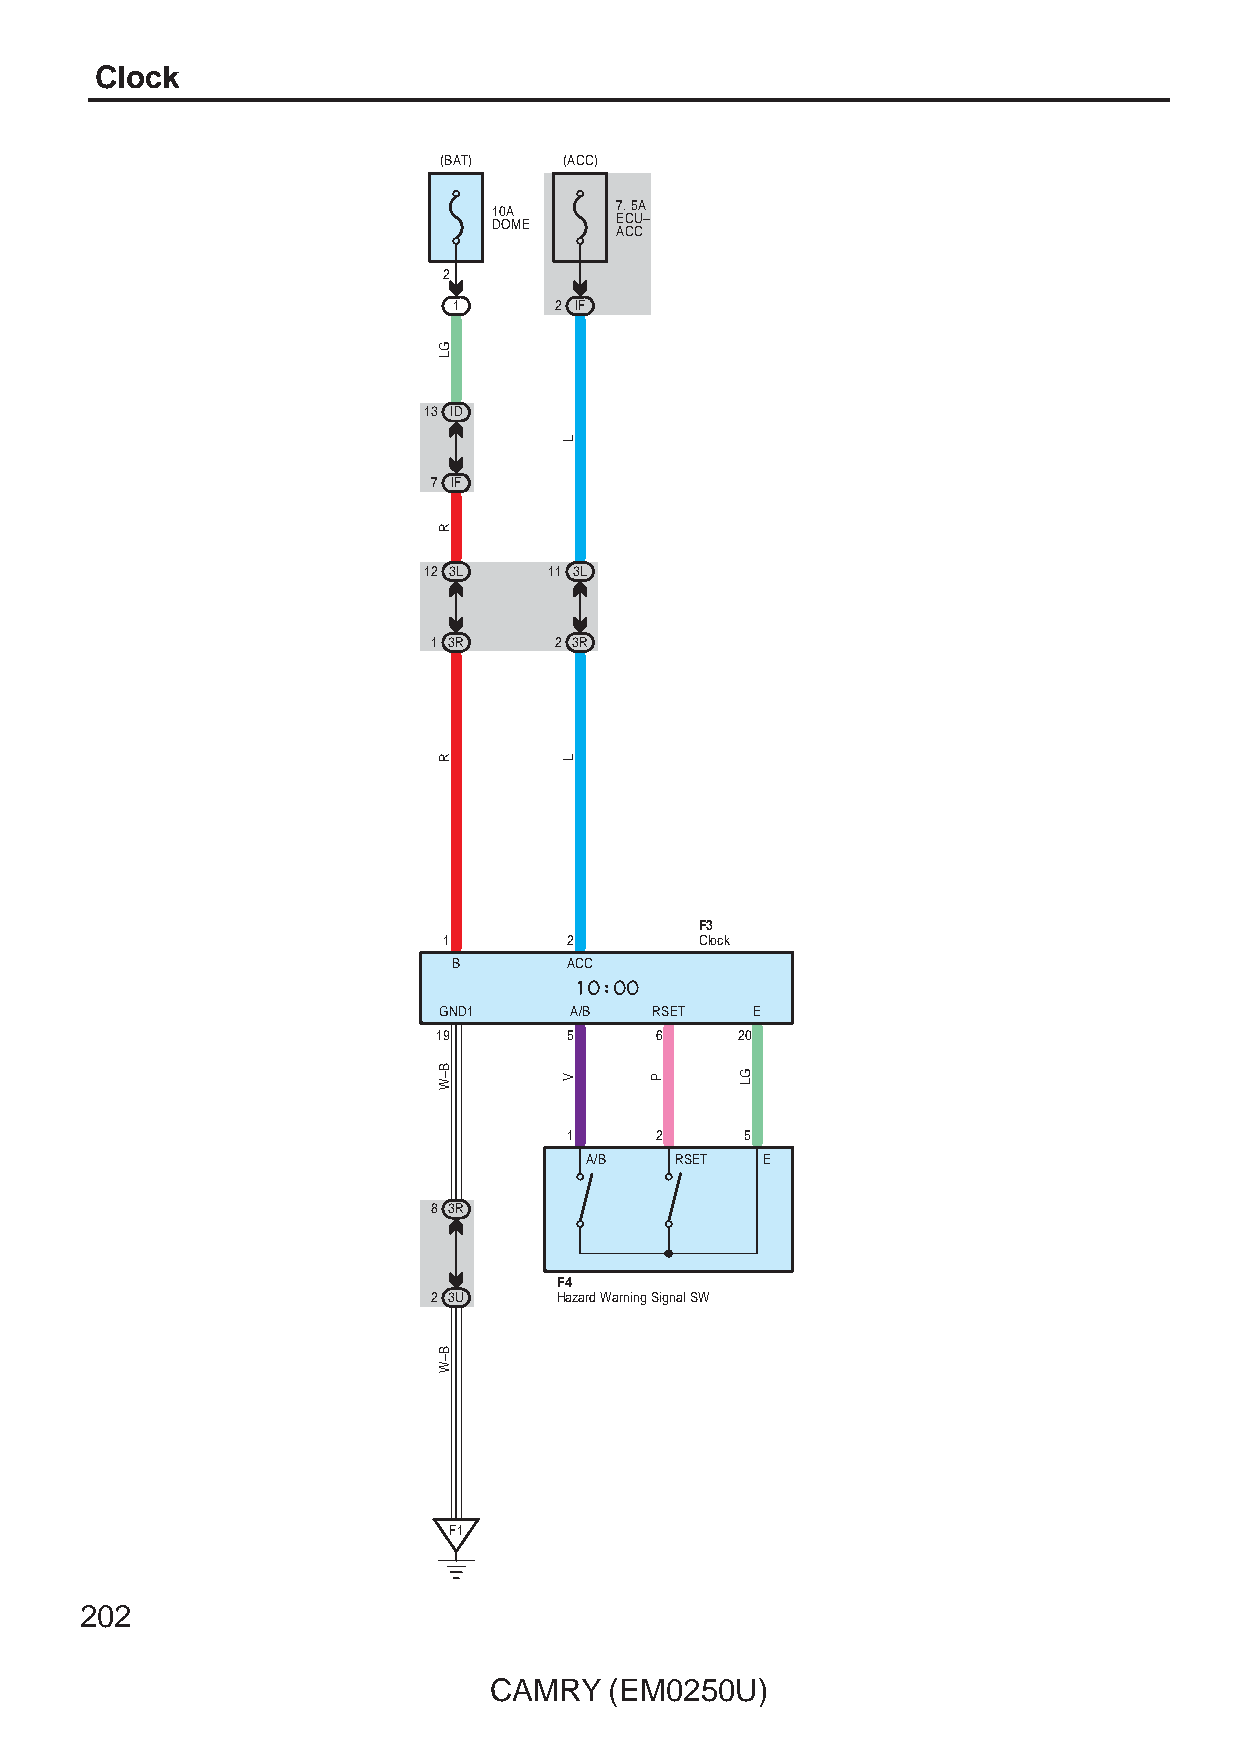
Clock
 (BAT)   (ACC)
 10A     7. 5A
 DOME    ECU–
 ACC
 2
 1      2 IF
 13 ID
 7 IF
 12 3L   11 3L
 1 3R    2 3R
 F3
 1        2       Clock
 B       ACC
 GND1     A/B  RSET   E
 19       5    6     20
 1    2     5
 A/B   RSET  E
 8 3R
 F4
 2 3U    Hazard Warning Signal SW
 F1
 202
 CAMRY   (EM0250U)
 GL
 R
 R
 B–W
 B–W
 L
 L
 V     P     GL